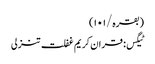
(بقرہ/١٠١)
ٹیگس: قران کریم غفلت تنزلی